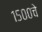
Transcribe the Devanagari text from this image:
१५००चे